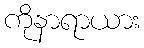
ကိုနာရာယား